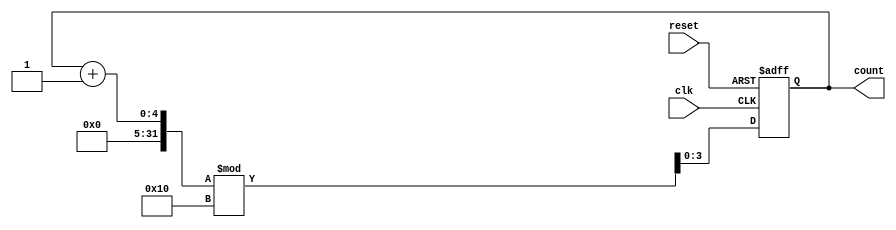
module binary_counter #(
    parameter N = 4  // Define the bit width (number of bits in the counter)
) (
    input wire clk,      // Clock signal
    input wire reset,    // Asynchronous reset signal
    output reg [N-1:0] count  // Current state output
);

// State transition on clock edge
always @(posedge clk or posedge reset) begin
    if (reset) begin
        count <= 0; // Reset counter to 0
    end else begin
        count <= (count + 1) % (2**N); // Increment and wrap around to 0
    end
end

endmodule